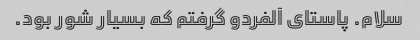
سلام. پاستای آلفردو گرفتم که بسیار شور بود.